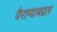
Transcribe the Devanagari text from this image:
वैराग्याबद्दल